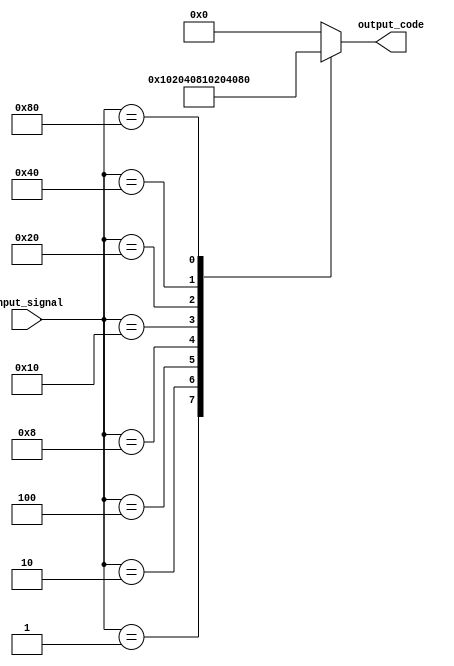
module encoder(
    input [7:0] input_signal,
    output reg [7:0] output_code
);

always @(*)
begin
    case(input_signal)
        8'b00000001: output_code = 8'b00000001; // Input signal 1
        8'b00000010: output_code = 8'b00000010; // Input signal 2
        8'b00000100: output_code = 8'b00000100; // Input signal 3
        8'b00001000: output_code = 8'b00001000; // Input signal 4
        8'b00010000: output_code = 8'b00010000; // Input signal 5
        8'b00100000: output_code = 8'b00100000; // Input signal 6
        8'b01000000: output_code = 8'b01000000; // Input signal 7
        8'b10000000: output_code = 8'b10000000; // Input signal 8
        default: output_code = 8'b00000000; // Default case
    endcase
end

endmodule